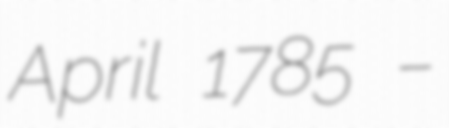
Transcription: April 1785 –